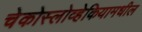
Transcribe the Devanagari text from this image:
चेकोस्लोव्हेकियामधील